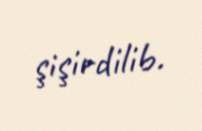
şişirdilib.